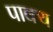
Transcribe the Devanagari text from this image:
पाक्य